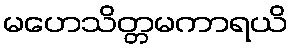
မဟေသိတ္တမကာရယိ